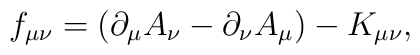
f_{\mu \nu }=(\partial _\mu A_\nu -\partial _\nu A_\mu )-K_{\mu\nu },